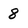
Character: 8